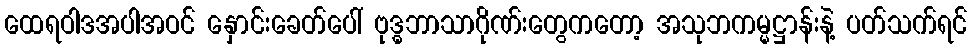
ထေရဝါဒအပါအဝင် နှောင်းခေတ်ပေါ် ဗုဒ္ဓဘာသာဂိုဏ်းတွေကတော့ အသုဘကမ္မဋ္ဌာန်းနဲ့ ပတ်သက်ရင်